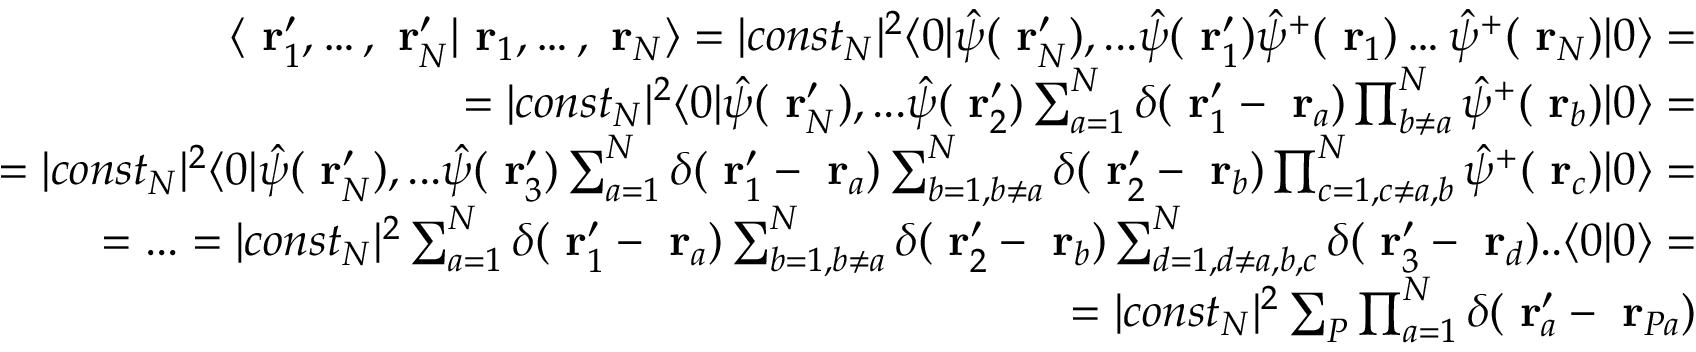
\begin{array} { r l r } & { } & { \langle \mathrm { \bf ~ r } _ { 1 } ^ { \prime } , \dots , \mathrm { \bf ~ r } _ { N } ^ { \prime } | \mathrm { \bf ~ r } _ { 1 } , \dots , \mathrm { \bf ~ r } _ { N } \rangle = | c o n s t _ { N } | ^ { 2 } \langle 0 | \hat { \psi } ( \mathrm { \bf ~ r } _ { N } ^ { \prime } ) , . . . \hat { \psi } ( \mathrm { \bf ~ r } _ { 1 } ^ { \prime } ) \hat { \psi } ^ { + } ( \mathrm { \bf ~ r } _ { 1 } ) \dots \hat { \psi } ^ { + } ( \mathrm { \bf ~ r } _ { N } ) | 0 \rangle = } \\ & { } & { \; \; \; \; \; \; \; \; = | c o n s t _ { N } | ^ { 2 } \langle 0 | \hat { \psi } ( \mathrm { \bf ~ r } _ { N } ^ { \prime } ) , . . . \hat { \psi } ( \mathrm { \bf ~ r } _ { 2 } ^ { \prime } ) \sum _ { a = 1 } ^ { N } \delta ( \mathrm { \bf ~ r } _ { 1 } ^ { \prime } - \mathrm { \bf ~ r } _ { a } ) \prod _ { b \ne a } ^ { N } \hat { \psi } ^ { + } ( \mathrm { \bf ~ r } _ { b } ) | 0 \rangle = } \\ & { } & { = | c o n s t _ { N } | ^ { 2 } \langle 0 | \hat { \psi } ( \mathrm { \bf ~ r } _ { N } ^ { \prime } ) , . . . \hat { \psi } ( \mathrm { \bf ~ r } _ { 3 } ^ { \prime } ) \sum _ { a = 1 } ^ { N } \delta ( \mathrm { \bf ~ r } _ { 1 } ^ { \prime } - \mathrm { \bf ~ r } _ { a } ) \sum _ { b = 1 , b \ne a } ^ { N } \delta ( \mathrm { \bf ~ r } _ { 2 } ^ { \prime } - \mathrm { \bf ~ r } _ { b } ) \prod _ { c = 1 , c \ne a , b } ^ { N } \hat { \psi } ^ { + } ( \mathrm { \bf ~ r } _ { c } ) | 0 \rangle = } \\ & { } & { = . . . = | c o n s t _ { N } | ^ { 2 } \sum _ { a = 1 } ^ { N } \delta ( \mathrm { \bf ~ r } _ { 1 } ^ { \prime } - \mathrm { \bf ~ r } _ { a } ) \sum _ { b = 1 , b \ne a } ^ { N } \delta ( \mathrm { \bf ~ r } _ { 2 } ^ { \prime } - \mathrm { \bf ~ r } _ { b } ) \sum _ { d = 1 , d \ne a , b , c } ^ { N } \delta ( \mathrm { \bf ~ r } _ { 3 } ^ { \prime } - \mathrm { \bf ~ r } _ { d } ) . . \langle 0 | 0 \rangle = } \\ & { } & { = | c o n s t _ { N } | ^ { 2 } \sum _ { P } \prod _ { a = 1 } ^ { N } \delta ( \mathrm { \bf ~ r } _ { a } ^ { \prime } - \mathrm { \bf ~ r } _ { P a } ) } \end{array}